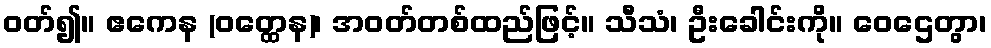
ဝတ်၍။ ဧကေန (ဝတ္ထေန)၊ အဝတ်တစ်ထည်ဖြင့်။ သီသံ၊ ဦးခေါင်းကို။ ဝေဌေတွာ၊